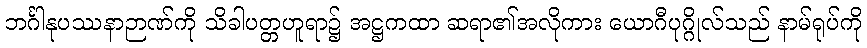
ဘင်္ဂါနုပဿနာဉာဏ်ကို သိခါပတ္တဟူရာ၌ အဋ္ဌကထာ ဆရာ၏အလိုကား ယောဂီပုဂ္ဂိုလ်သည် နာမ်ရုပ်ကို